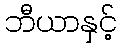
ဘီယာနှင့်